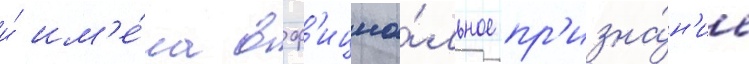
и́ им'е́ла оф'ициа́льное пр'изна́н'ие